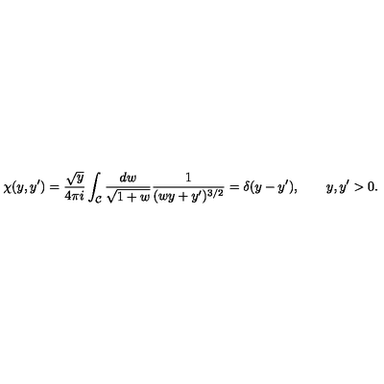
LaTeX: \chi ( y , y ^ { \prime } ) = \frac { \sqrt { y } } { 4 \pi i } \int _ { \cal C } \frac { d w } { \sqrt { 1 + w } } \frac { 1 } { ( w y + y ^ { \prime } ) ^ { 3 / 2 } } = \delta ( y - y ^ { \prime } ) , \qquad y , y ^ { \prime } > 0 .